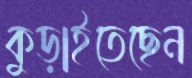
কুড়াইতেছেন